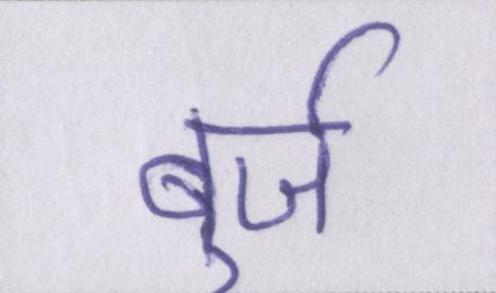
बुर्ज